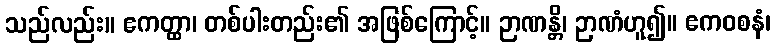
သည်လည်း။ ဧကတ္ထာ၊ တစ်ပါးတည်း၏ အဖြစ်ကြောင့်။ ဉာဏန္တိ၊ ဉာဏံဟူ၍။ ဧကဝစနံ၊